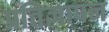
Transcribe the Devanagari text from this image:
प्रतिज्ञापन